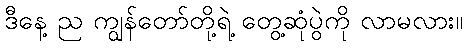
ဒီနေ့ ည ကျွန်တော်တို့ရဲ့ တွေ့ဆုံပွဲကို လာမလား။